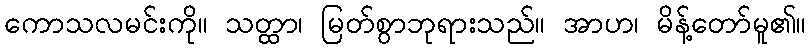
ကောသလမင်းကို။ သတ္ထာ၊ မြတ်စွာဘုရားသည်။ အာဟ၊ မိန့်တော်မူ၏။